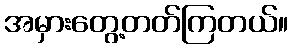
အမှားတွေ့တတ်ကြတယ်။